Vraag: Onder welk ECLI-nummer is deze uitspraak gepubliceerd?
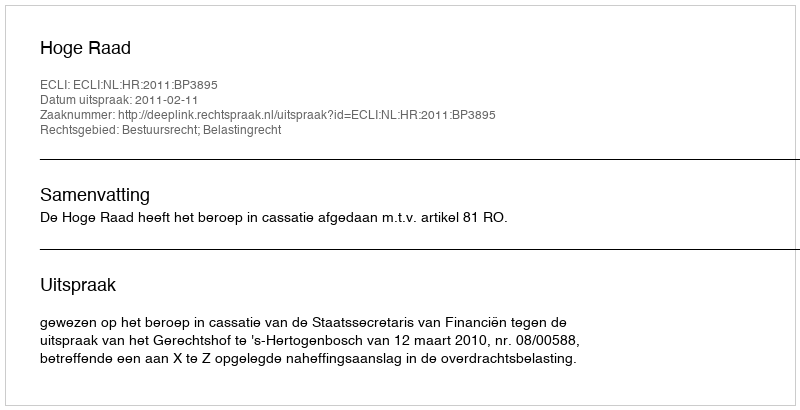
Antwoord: ECLI:NL:HR:2011:BP3895